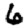
Digit: 6